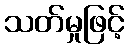
သတ်မှုဖြင့်